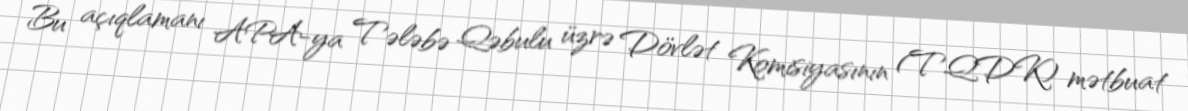
Bu açıqlamanı APA-ya Tələbə Qəbulu üzrə Dövlət Komisiyasının (TQDK) mətbuat